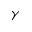
\gamma